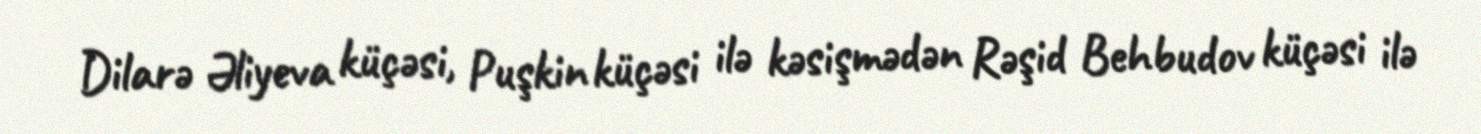
Dilarə Əliyeva küçəsi, Puşkin küçəsi ilə kəsişmədən Rəşid Behbudov küçəsi ilə